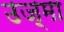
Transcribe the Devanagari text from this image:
उज़्मा